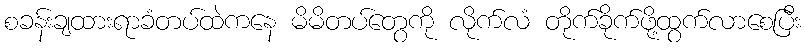
စခန်းချထားရာခံတပ်ထဲကနေ မိမိတပ်တွေကို လိုက်လံ တိုက်ခိုက်ဖို့ထွက်လာစေပြီး